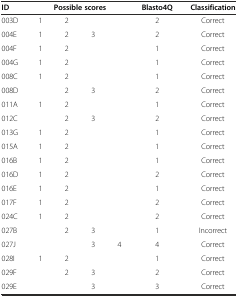
<table><thead><tr><td><b>ID</b></td><td colspan="4"><b>Possible scores</b></td><td><b>Blasto4Q</b></td><td><b>Classification</b></td></tr></thead><tbody><tr><td>003D</td><td>1</td><td>2</td><td></td><td></td><td>2</td><td>Correct</td></tr><tr><td>004E</td><td>1</td><td>2</td><td>3</td><td></td><td>2</td><td>Correct</td></tr><tr><td>004F</td><td>1</td><td>2</td><td></td><td></td><td>1</td><td>Correct</td></tr><tr><td>004G</td><td>1</td><td>2</td><td></td><td></td><td>1</td><td>Correct</td></tr><tr><td>008C</td><td>1</td><td>2</td><td></td><td></td><td>1</td><td>Correct</td></tr><tr><td>008D</td><td></td><td>2</td><td>3</td><td></td><td>2</td><td>Correct</td></tr><tr><td>011A</td><td>1</td><td>2</td><td></td><td></td><td>1</td><td>Correct</td></tr><tr><td>012C</td><td></td><td>2</td><td>3</td><td></td><td>2</td><td>Correct</td></tr><tr><td>013G</td><td>1</td><td>2</td><td></td><td></td><td>1</td><td>Correct</td></tr><tr><td>015A</td><td>1</td><td>2</td><td></td><td></td><td>1</td><td>Correct</td></tr><tr><td>016B</td><td>1</td><td>2</td><td></td><td></td><td>1</td><td>Correct</td></tr><tr><td>016D</td><td>1</td><td>2</td><td></td><td></td><td>2</td><td>Correct</td></tr><tr><td>016E</td><td>1</td><td>2</td><td></td><td></td><td>1</td><td>Correct</td></tr><tr><td>017F</td><td>1</td><td>2</td><td></td><td></td><td>2</td><td>Correct</td></tr><tr><td>024C</td><td>1</td><td>2</td><td></td><td></td><td>2</td><td>Correct</td></tr><tr><td>027B</td><td></td><td>2</td><td>3</td><td></td><td>1</td><td>Incorrect</td></tr><tr><td>027J</td><td></td><td></td><td>3</td><td>4</td><td>4</td><td>Correct</td></tr><tr><td>028I</td><td>1</td><td>2</td><td></td><td></td><td>1</td><td>Correct</td></tr><tr><td>029F</td><td></td><td>2</td><td>3</td><td></td><td>2</td><td>Correct</td></tr><tr><td>029E</td><td></td><td></td><td>3</td><td></td><td>3</td><td>Correct</td></tr></tbody></table>